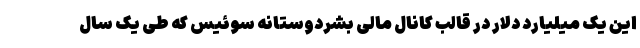
این یک میلیارد دلار در قالب کانال مالی بشردوستانه سوئیس که طی یک سال